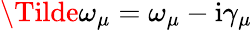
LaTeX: \Tilde{\omega}_{\mu}=\omega_{\mu}-\mathrm{i}\gamma_{\mu}